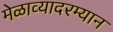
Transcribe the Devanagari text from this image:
मेळाव्यादरम्यान